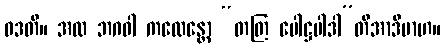
ဝဒတိ။ အထ ဘဂဝါ ကထေန္တော “တတြ ပေါဋ္ဌပါဒါ”တိအာဒိမာဟ။